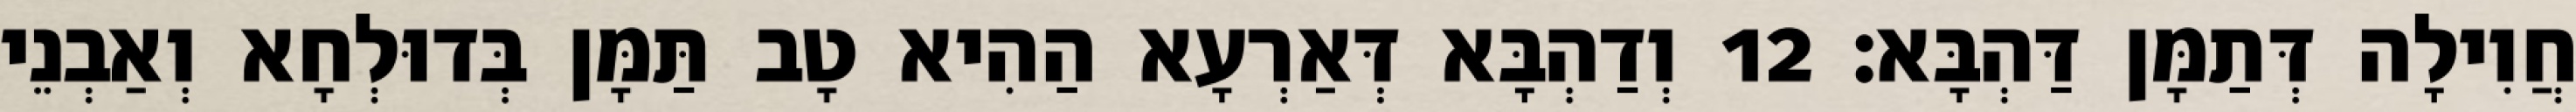
חֲוִילָה דְּתַמָּן דַּהְבָּא׃ 12 וְדַהְבָּא דְּאַרְעָא הַהִיא טָב תַּמָּן בְּדוּלְחָא וְאַבְנֵי